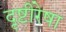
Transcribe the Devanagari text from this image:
दृष्टीरेषा